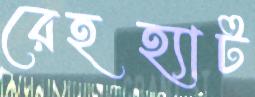
রেহহ্যাট